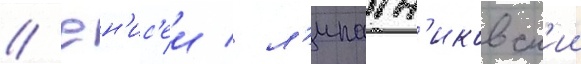
// Ен'ис'еи / л'ипатн'иковск'ии